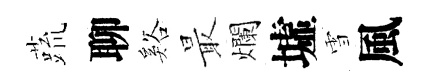
蔬聊谿最爛墟雪風